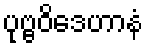
ပုဗ္ဗဝိဒေဟာနံ